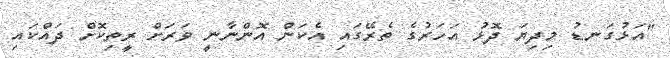
"އަޅުގަނޑު މިދިޔަ ދޮޅު އަހަރުގެ ތެރޭގައި އެކަން އޮންނާނީ ވަރަށް ރީތިކޮށް ދައްކައި